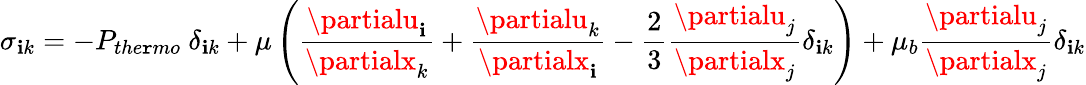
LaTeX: \sigma_{\mathbf{i}k}=-P_{the\mathtt{r}mo}~\delta_{\mathbf{i}k}+\mu\displaystyle\left(\frac{{\partialu_{\mathbf{i}}}}{{\partialx_{k}}}+\frac{{\partialu_{k}}}{{\partialx_{\mathbf{i}}}}-\frac{{2}}{{3}}\frac{{\partialu_{j}}}{{\partialx_{j}}}\delta_{\mathbf{i}k}\right)+\mu_{b}\frac{{\partialu_{j}}}{{\partialx_{j}}}\delta_{\mathbf{i}k}